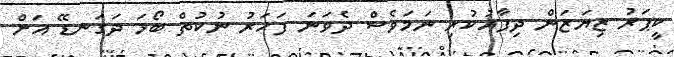
ކީޕަރު ޒިޔަޒަން ދިފާއުކުރި ނަމަވެސް ދެވަނަ ފަހަރު ނުކުތް ބޯޅަ ދަގަނޑޭ އަށް